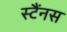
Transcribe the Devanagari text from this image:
स्टैंनस